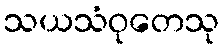
သယသံဝုတေသု